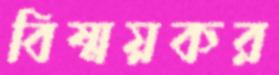
বিষ্ময়কর